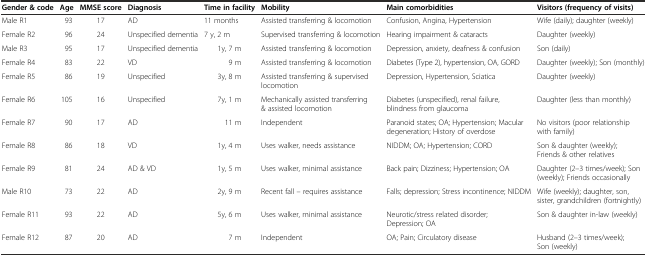
| Gender & code | Age | MMSE score | Diagnosis | Time in facility | Mobility | Main comorbidities | Visitors (frequency of visits) |
 | --- | --- | --- | --- | --- | --- | --- | --- |
 | Male R1 | 93 | 17 | AD | 11 months | Assisted transferring & locomotion | Confusion, Angina, Hypertension | Wife (daily); daughter (weekly) |
 | Female R2 | 96 | 24 | Unspecified dementia | 7 y, 2 m | Supervised transferring & locomotion | Hearing impairment & cataracts | Daughter (weekly) |
 | Male R3 | 95 | 17 | Unspecified dementia | 1y, 7 m | Assisted transferring & locomotion | Depression, anxiety, deafness & confusion | Son (daily) |
 | Female R4 | 83 | 22 | VD | 9 m | Assisted transferring & locomotion | Diabetes (Type 2), hypertension, OA, GORD | Daughter (weekly); Son (monthly) |
 | Female R5 | 86 | 19 | Unspecified | 3y, 8 m | Assisted transferring & supervised locomotion | Depression, Hypertension, Sciatica | Daughter (weekly) |
 | Female R6 | 105 | 16 | Unspecified | 7y, 1 m | Mechanically assisted transferring & assisted locomotion | Diabetes (unspecified), renal failure, blindness from glaucoma | Daughter (less than monthly) |
 | Female R7 | 90 | 17 | AD | 11 m | Independent | Paranoid states; OA; Hypertension; Macular degeneration; History of overdose | No visitors (poor relationship with family) |
 | Female R8 | 86 | 18 | VD | 1y, 4 m | Uses walker, needs assistance | NIDDM; OA; Hypertension; CORD | Son & daughter (weekly); Friends & other relatives |
 | Female R9 | 81 | 24 | AD & VD | 1y, 5 m | Uses walker, minimal assistance | Back pain; Dizziness; Hypertension; OA | Daughter (2–3 times/week); Son (weekly); Friends occasionally |
 | Male R10 | 73 | 22 | AD | 2y, 9 m | Recent fall – requires assistance | Falls; depression; Stress incontinence; NIDDM | Wife (weekly); daughter, son, sister, grandchildren (fortnightly) |
 | Female R11 | 93 | 22 | AD | 5y, 6 m | Uses walker, minimal assistance | Neurotic/stress related disorder; Depression; OA | Son & daughter in-law (weekly) |
 | Female R12 | 87 | 20 | AD | 7 m | Independent | OA; Pain; Circulatory disease | Husband (2–3 times/week); Son (weekly) |